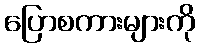
ပြောစကားများကို